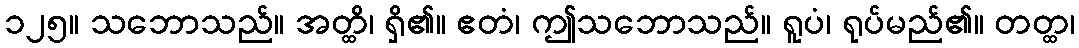
၁၂၅။ သဘောသည်။ အတ္ထိ၊ ရှိ၏။ ဧတံ၊ ဤသဘောသည်။ ရူပံ၊ ရုပ်မည်၏။ တတ္ထ၊